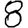
Digit: 8